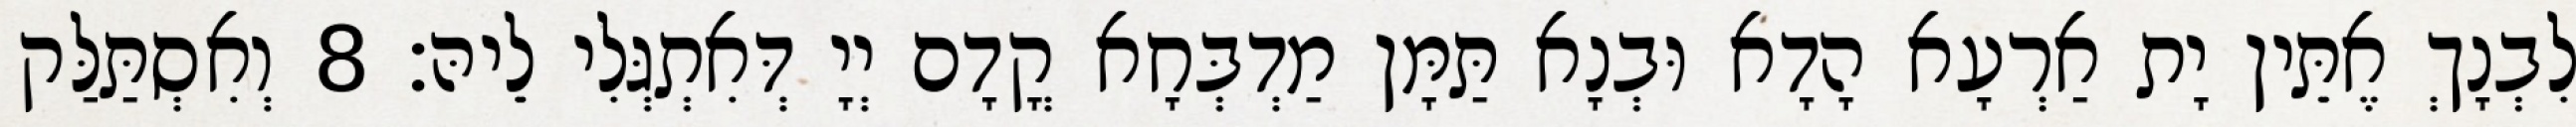
לִבְנָךְ אֶתֵּין יָת אַרְעָא הָדָא וּבְנָא תַּמָּן מַדְבְּחָא קֳדָם יְיָ דְּאִתְגְּלִי לֵיהּ׃ 8 וְאִסְתַּלַּק